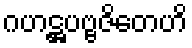
ဂဟဋ္ဌပဗ္ဗဇိတေဟိ